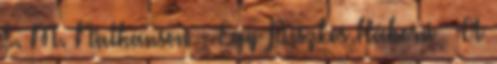
E. M. Nathanson - Egy Piszkos Háború A